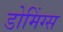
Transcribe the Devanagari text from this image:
डोमिंग्स